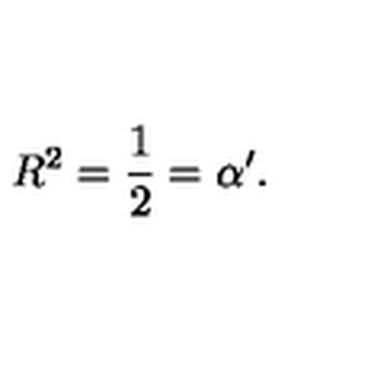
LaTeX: R ^ { 2 } = \frac { 1 } { 2 } = \alpha ^ { \prime } .